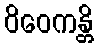
ဝိဝေကန္တိ